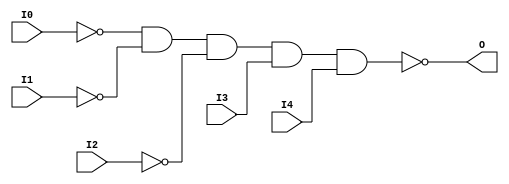
// $Header: /devl/xcs/repo/env/Databases/CAEInterfaces/verunilibs/s/NAND5B3.v,v 1.8 2003/01/21 01:55:30 wloo Exp $

/*

FUNCTION	: 5-INPUT NAND GATE

*/

`timescale  100 ps / 10 ps


module NAND5B3 (O, I0, I1, I2, I3, I4);

    output O;

    input  I0, I1, I2, I3, I4;

    not N2 (i2_inv, I2);
    not N1 (i1_inv, I1);
    not N0 (i0_inv, I0);
    nand A1 (O, i0_inv, i1_inv, i2_inv, I3, I4);

    specify
	(I0 *> O) = (0, 0);
	(I1 *> O) = (0, 0);
	(I2 *> O) = (0, 0);
	(I3 *> O) = (0, 0);
	(I4 *> O) = (0, 0);
    endspecify

endmodule